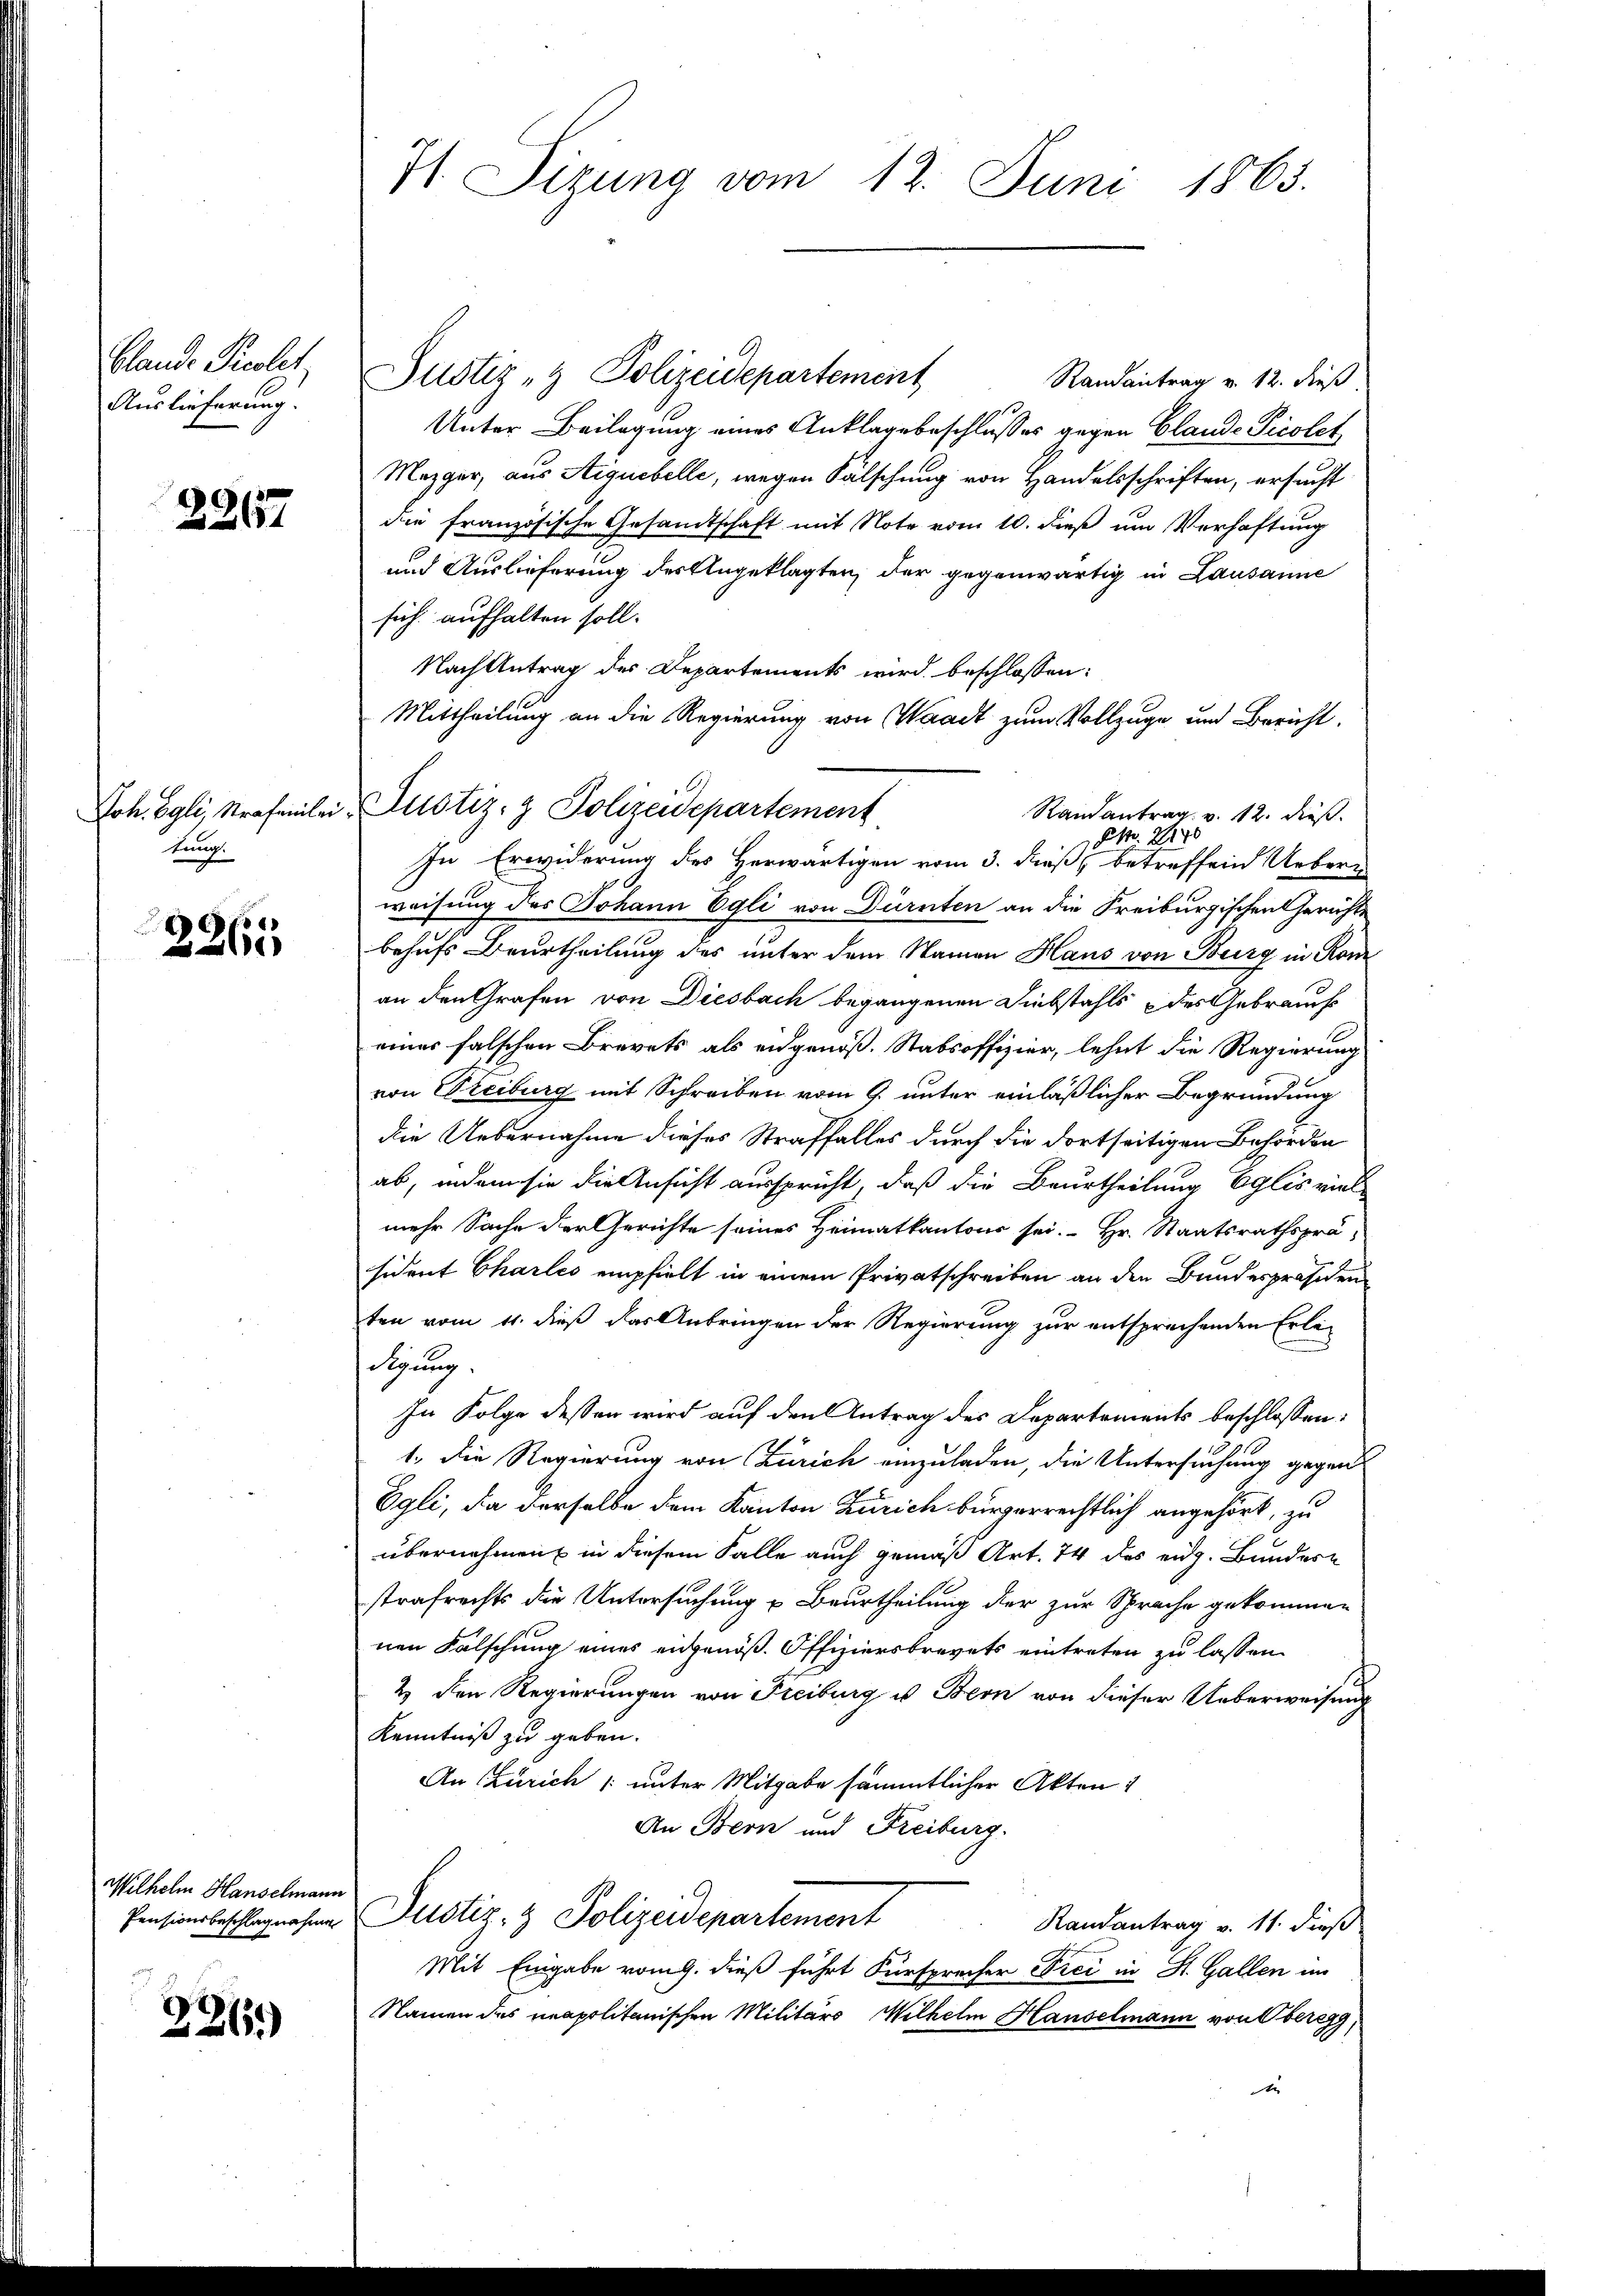
lande Percolet,
Auslieferung.

2267

Joh. Egli, Strafennlei
tung.

60 x
)

Wilhelm Hauselmann
Pensionsbeschlagnahme

236)

71 Sizung vom 12. Juni 1863.

Justiz- & Polizeidepartement

Justiz- & Polizeidepartement
Randantrag v. 12. dieß
Unter Beilagung eines Anklage beschlusses gegen Clande Picolet
Mezger, aus Aignebelle, wegen Fälschung von Handelsschriften, ersucht
die französische Gesandtschaft mit Note vom 10. dieß um Verhaftung
und Auslieferung des Angeklagten, der gegenwärtig in Lausanne
sich aufhalten soll.
Nach Antrag des Departements wird beschlossen:
Mittheilung an die Regierung von Waadt zum Vollzuge und Bericht.
Randantrag v. 12. dieß.
. 1846
18
In Erwiderung des Herwärtigen vom 3. dieß, betreffend Ueberweisung des Johann Egli von Dürnten an die Freiburgischen Gerichte
behufs Beurtheilung des unter dem Namen Haus von Burg in Rom
an den Grafen von Diesbach begangenen Diebstahls des Gebrauch
eines falschen Brevets als angenoß. Stabsoffizier, lehnt die Regierung
von Freiburg mit Schreiben vom 9. unter einläßlicher Begründung
die Uebernahme dieses Straffalles durch die dortseitigen Behörden
ab, indem sie die Ansicht ausspricht, daß die Beurtheilung Eglis viel-
mehr Sache der Gerichte seines Heimatkantons sei. Hr. Staatsrathsprä-
sident Charles empfielt in einem Privatschreiben an den Bundespräsiden
ten vom 11. dieß das Anbringen der Regierung zur entsprechenden Erledigung,
In Folge dessen wird auf den Antrag des Departements beschlossen:
1. Die Regierung von Zürich einzuladen, die Untersuchung gegen
Egli, da derselbe dem Kanton Zürich bürgerrechtlich angehört, zu
übernehmen in diesem Falle auch gemäß Art. 74 des eidg. Bundern
strafrechts die Untersuchung u Beurtheilung der zur Sprache gekommen
nen Falschung eines angenöß. Offiziersbrevets eintreten zu lassen.
2 den Regierungen von Freiburg u Bern von dieser Ueberweisung
Kenntniß zu geben.
An (Zürich (unter Mitgabe sämmtlicher Akten:
An Bern und Freiburg.
Justiz- & Polizeidepartement
Randantrag v. 11. dieß
Mit Eingabe vom 9. dieß führt Fürsprecher Frei in St. Gallen im
Namen des neapolitanischen Militärs Wilhelm Hauselmann von Oberegg
e